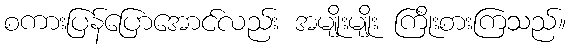
စကားပြန်ပြောအောင်လည်း အမျိုးမျိုး ကြိုးစားကြသည်။